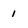
Character: 1